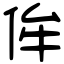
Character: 侔